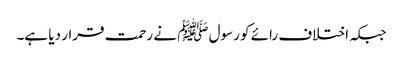
جبکہ اختلاف رائے کو رسول ﷺ نے رحمت قرار دیا ہے۔